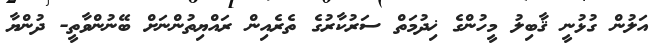
އަލުން ގުޅުނީ ޤާބިލު މީހުންގެ ޚިދުމަތް ސަރުކާރުގެ ތެރެއިން ރައްޔިތުންނަށް ބޭނުންވާތީ- ދުންޔާ